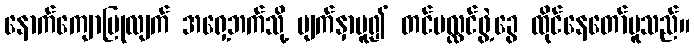
နောက်ကျောပြုလျက် အရှေ့ဘက်သို့ မျက်နှာမူ၍ တင်ပလ္လင်ဖွဲ့ခွေ ထိုင်နေတော်မူသည်။